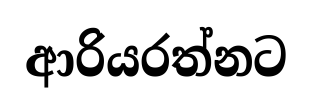
ආරියරත්නට